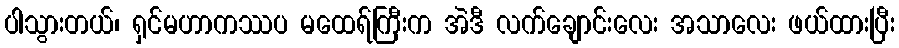
ပါသွားတယ်၊ ရှင်မဟာကဿပ မထေရ်ကြီးက အဲဒီ လက်ချောင်းလေး အသာလေး ဖယ်ထားပြီး